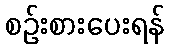
စဉ်းစားပေးရန်